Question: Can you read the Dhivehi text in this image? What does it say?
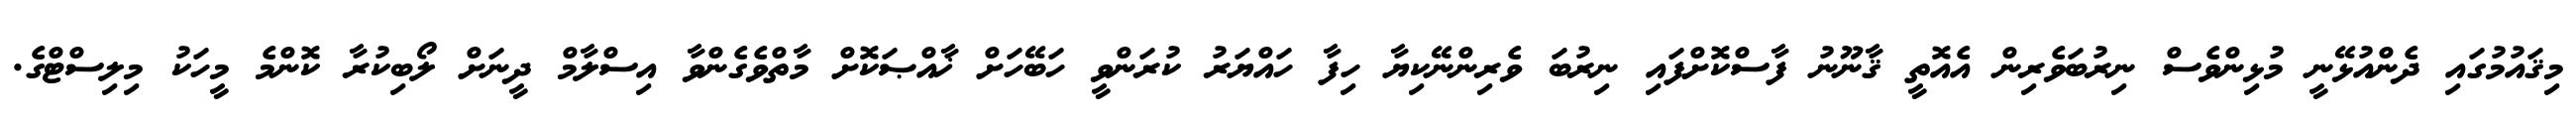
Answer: މިޤައުމުގައި ދެންއުޅޭނީ މުޅިންވެސް ނިރުބަވެރިން އެއޮތީ ޤާނޫނު ފާސްކޮށްފައި ނިރުބަ ވެރިންނޭކިޔާ ހިފާ ހައްޔަރު ކުރަންވީ ހަބޭހަށް ޚާއްޞަކޮށް މާތްވެގެންވާ އިސްލާމް ދީނަށް ލޯބިކުރާ ކޮންމެ މީހަކު މިލިސްޓްގެ.